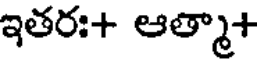
ఇతరః+ ఆత్మా+